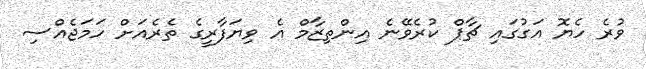
ވުރެ ހެޔޮ އަގުގައި ޗާޕް ކުރެވޭނެ އިންތިޒާމް އެ ވިޔަފާރީގެ ތެރެއަށް ހަމަޖެއްސި